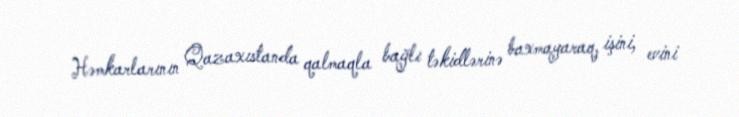
Həmkarlarının Qazaxıstanda qalmaqla bağlı təkidlərinə baxmayaraq, işini, evini